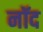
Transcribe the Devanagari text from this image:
नॉद